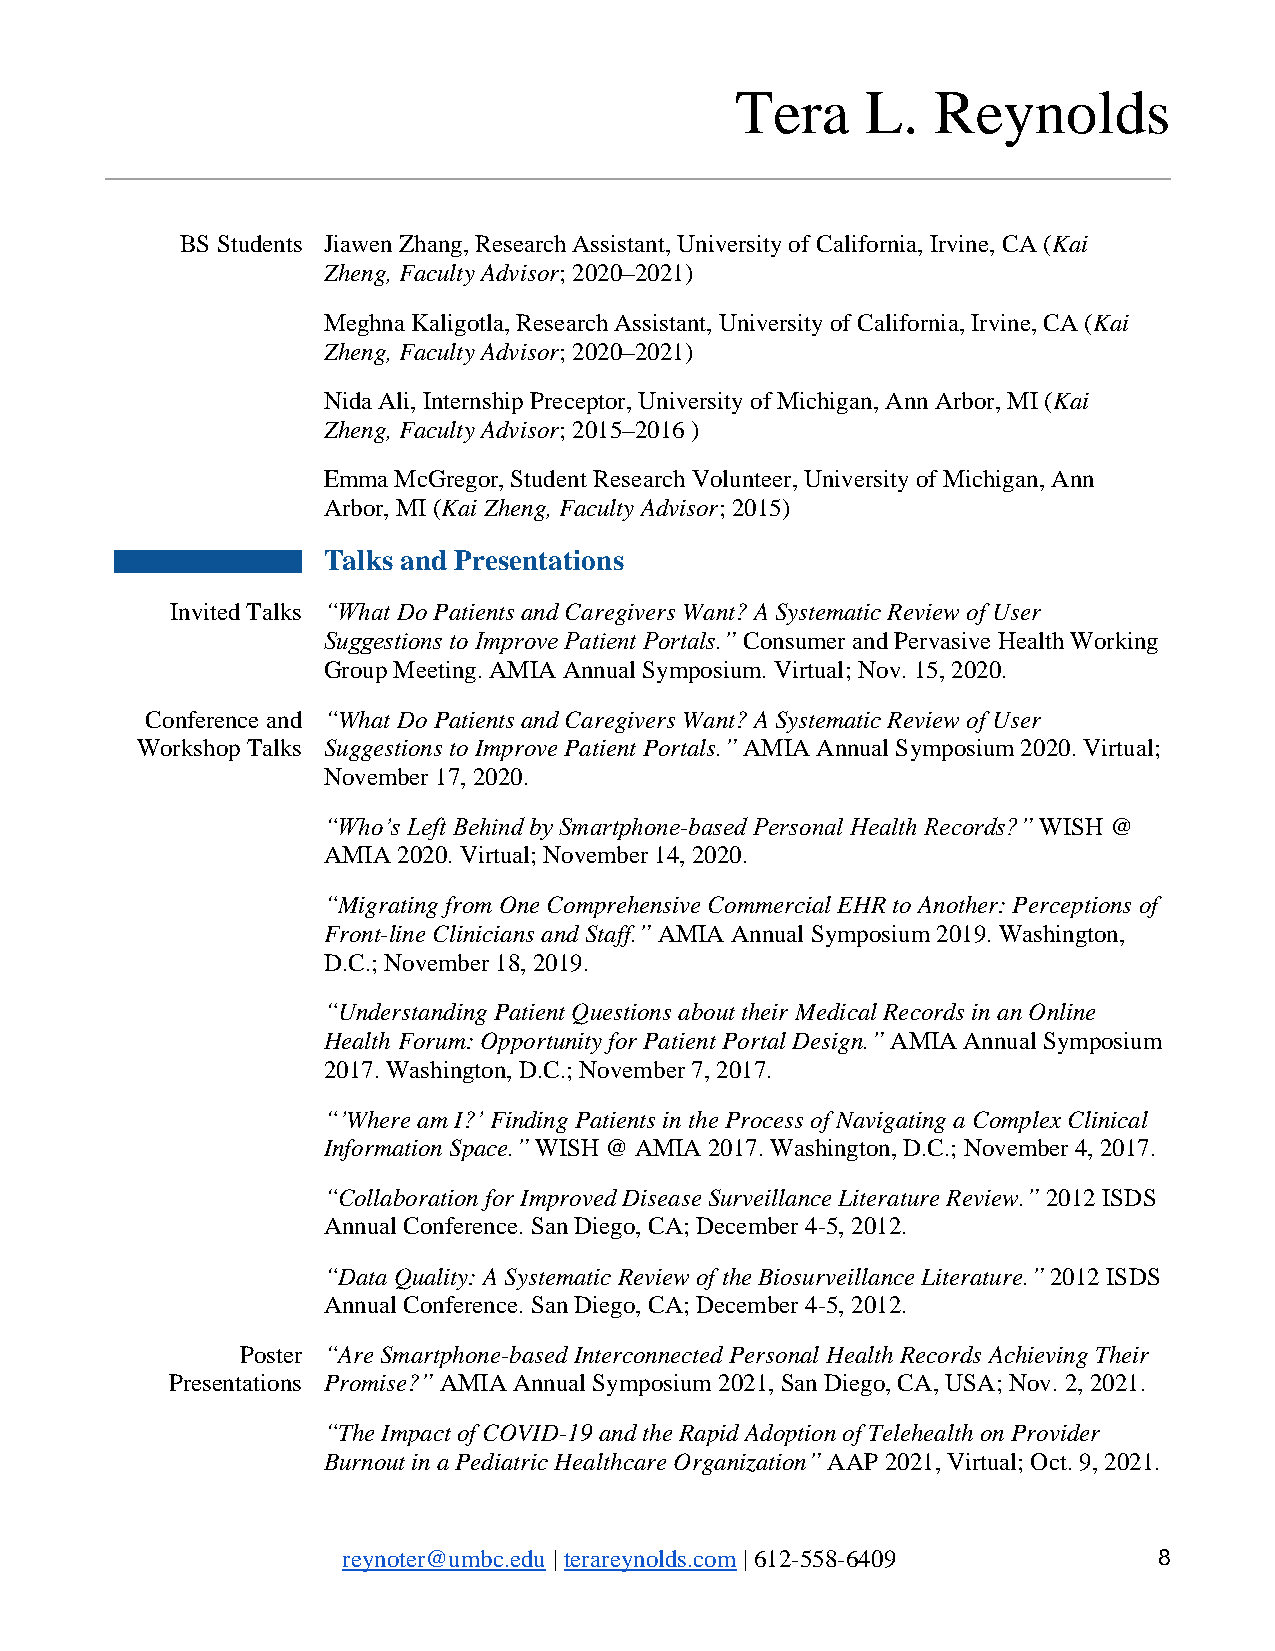
Tera    L.   Reynolds
 BS Students Jiawen Zhang, Research Assistant, University of California, Irvine, CA (Kai
 Zheng, Faculty Advisor; 2020–2021)
 Meghna Kaligotla, Research Assistant, University of California, Irvine, CA (Kai
 Zheng, Faculty Advisor; 2020–2021)
 Nida Ali, Internship Preceptor, University of Michigan, Ann Arbor, MI (Kai
 Zheng, Faculty Advisor; 2015–2016 )
 Emma McGregor, Student Research Volunteer, University of Michigan, Ann
 Arbor, MI (Kai Zheng, Faculty Advisor; 2015)
 Talks and Presentations
 Invited Talks “What Do Patients and Caregivers Want? A Systematic Review of User
 Suggestions to Improve Patient Portals.” Consumer and Pervasive Health Working
 Group Meeting. AMIA Annual Symposium. Virtual; Nov. 15, 2020.
 Conference and “What Do Patients and Caregivers Want? A Systematic Review of User
 Workshop Talks Suggestions to Improve Patient Portals.” AMIA Annual Symposium 2020. Virtual;
 November 17, 2020.
 “Who’s Left Behind by Smartphone-based Personal Health Records?” WISH @
 AMIA 2020. Virtual; November 14, 2020.
 “Migrating from One Comprehensive Commercial EHR to Another: Perceptions of
 Front-line Clinicians and Staff.” AMIA Annual Symposium 2019. Washington,
 D.C.; November 18, 2019.
 “Understanding Patient Questions about their Medical Records in an Online
 Health Forum: Opportunity for Patient Portal Design.” AMIA Annual Symposium
 2017. Washington, D.C.; November 7, 2017.
 “’Where am I?’ Finding Patients in the Process of Navigating a Complex Clinical
 Information Space.” WISH @ AMIA 2017. Washington, D.C.; November 4, 2017.
 “Collaboration for Improved Disease Surveillance Literature Review.” 2012 ISDS
 Annual Conference. San Diego, CA; December 4-5, 2012.
 “Data Quality: A Systematic Review of the Biosurveillance Literature.” 2012 ISDS
 Annual Conference. San Diego, CA; December 4-5, 2012.
 Poster “Are Smartphone-based Interconnected Personal Health Records Achieving Their
 Presentations Promise?” AMIA Annual Symposium 2021, San Diego, CA, USA; Nov. 2, 2021.
 “The Impact of COVID-19 and the Rapid Adoption of Telehealth on Provider
 Burnout in a Pediatric Healthcare Organization” AAP 2021, Virtual; Oct. 9, 2021.
 reynoter@umbc.edu | terareynolds.com | 612-558-6409   8